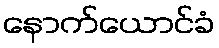
နောက်ယောင်ခံ